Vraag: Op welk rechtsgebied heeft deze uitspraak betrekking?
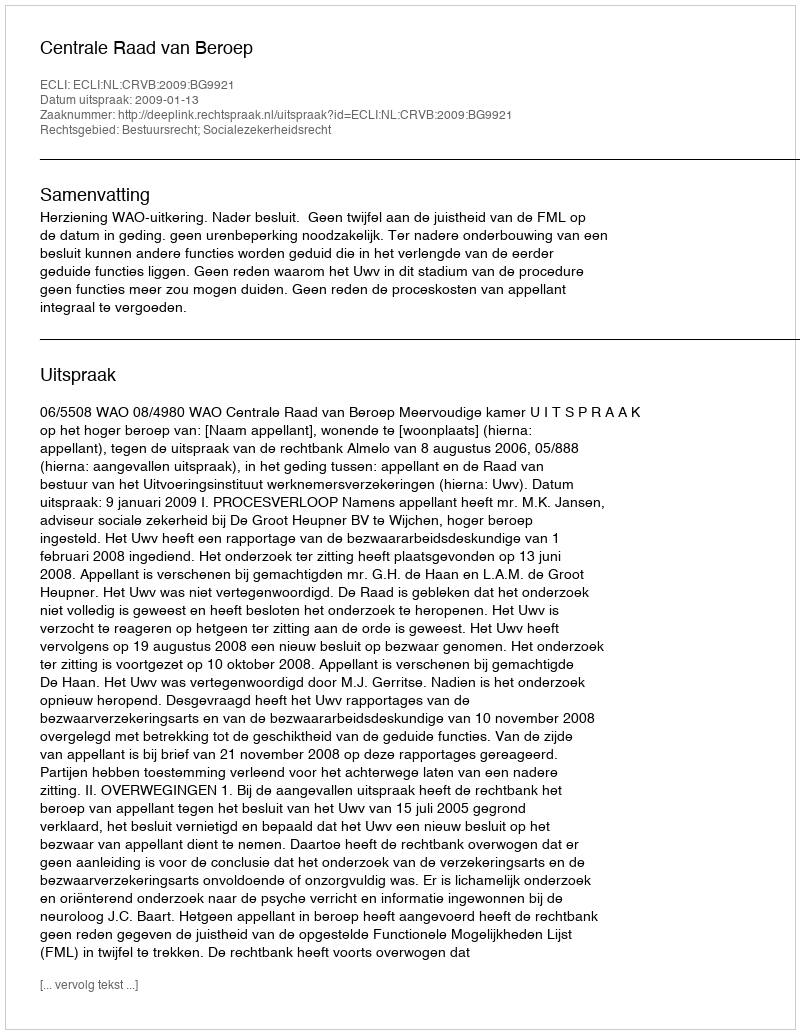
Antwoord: Bestuursrecht; Socialezekerheidsrecht